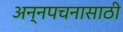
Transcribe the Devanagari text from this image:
अन्‍नपचनासाठी